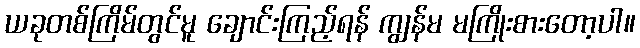
ယခုတစ်ကြိမ်တွင်မူ ချောင်းကြည့်ရန် ကျွန်မ မကြိုးစားတော့ပါ။